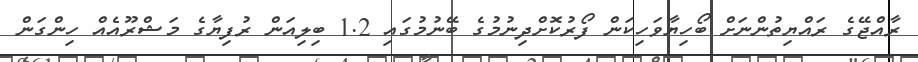
ރާއްޖޭގެ ރައްޔިތުންނަށް ބޯހިޔާވަހިކަން ފޯރުކޮށްދިނުމުގެ ބޭނުމުގައި 1.2 ބިލިއަން ރުފިޔާގެ މަޝްރޫއެއް ހިންގަން